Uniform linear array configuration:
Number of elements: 16
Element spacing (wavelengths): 0.25
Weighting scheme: hamming
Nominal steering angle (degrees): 15
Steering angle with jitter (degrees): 16.539
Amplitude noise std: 0.05
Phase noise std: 0.05

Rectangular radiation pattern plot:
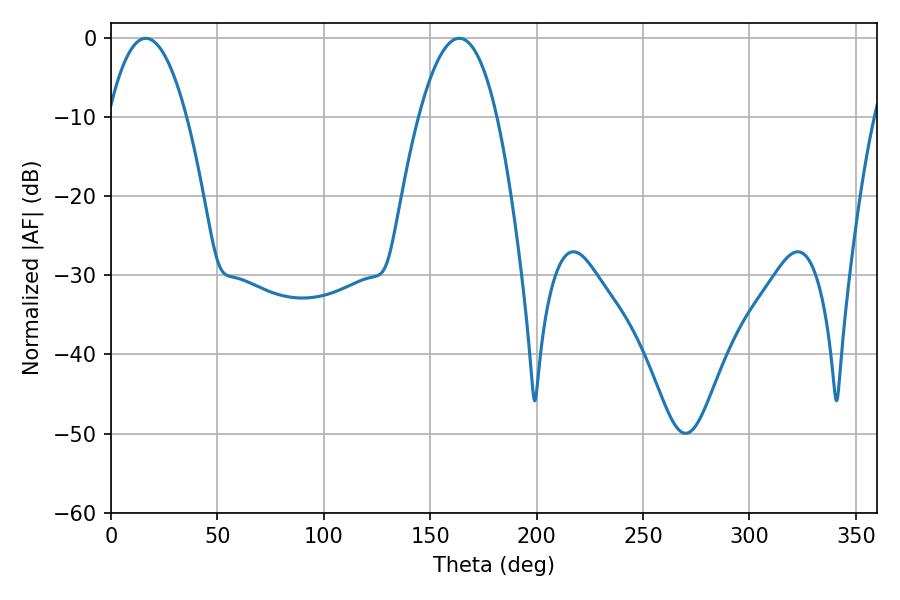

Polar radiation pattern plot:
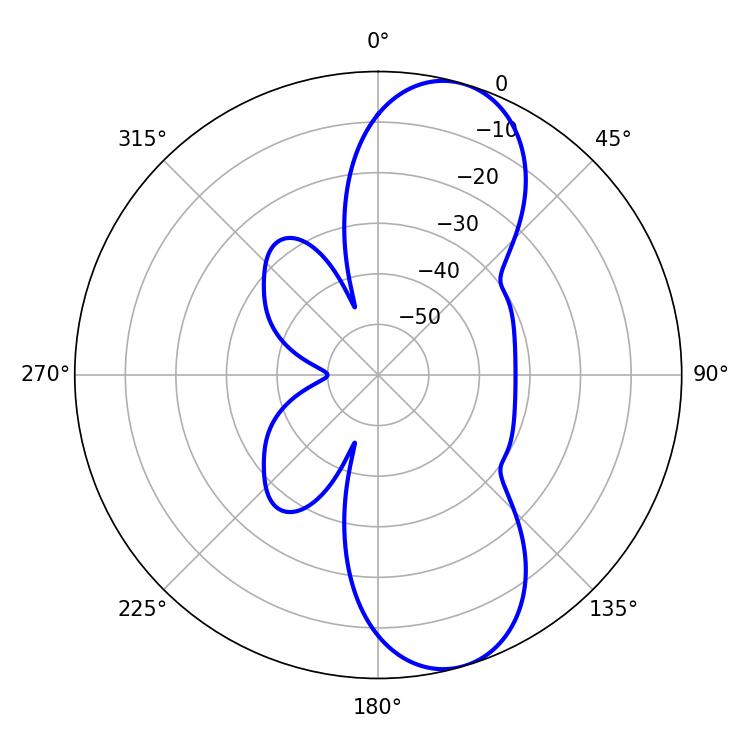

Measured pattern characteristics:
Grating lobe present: FALSE
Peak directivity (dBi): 9.652
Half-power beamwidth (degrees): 20.16
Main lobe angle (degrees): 16.38